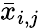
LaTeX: \bar{x}_{i,j}